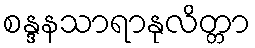
စန္ဒနသာရာနုလိတ္တာ